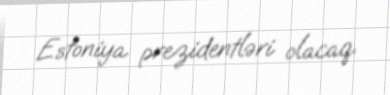
Estoniya prezidentləri olacaq.